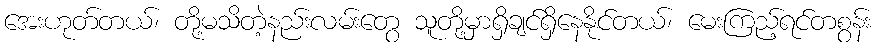
အေးဟုတ်တယ်၊ တို့မသိတဲ့နည်းလမ်းတွေ သူတို့မှာရှိချင်ရှိနေနိုင်တယ်၊ မေးကြည့်ရင်တစွန်း